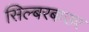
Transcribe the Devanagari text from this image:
सिल्बरबाउर